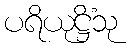
ပရိယုဋ္ဌိံသု